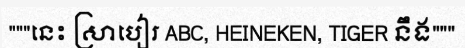
"""នេះ ស្រាបៀរ ABC, HEINEKEN, TIGER នឹង"""